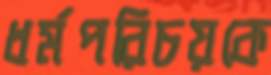
ধর্মপরিচয়কে